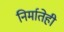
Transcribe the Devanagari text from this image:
निर्मातेही